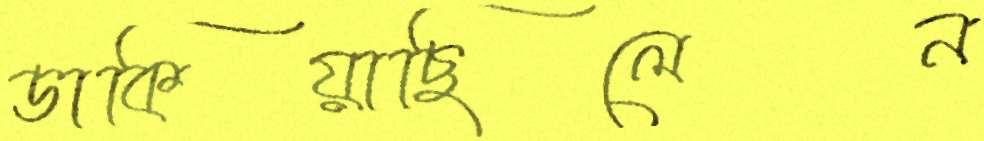
ডাকিয়াছিলেন